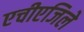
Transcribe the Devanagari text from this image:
एचीएजिले